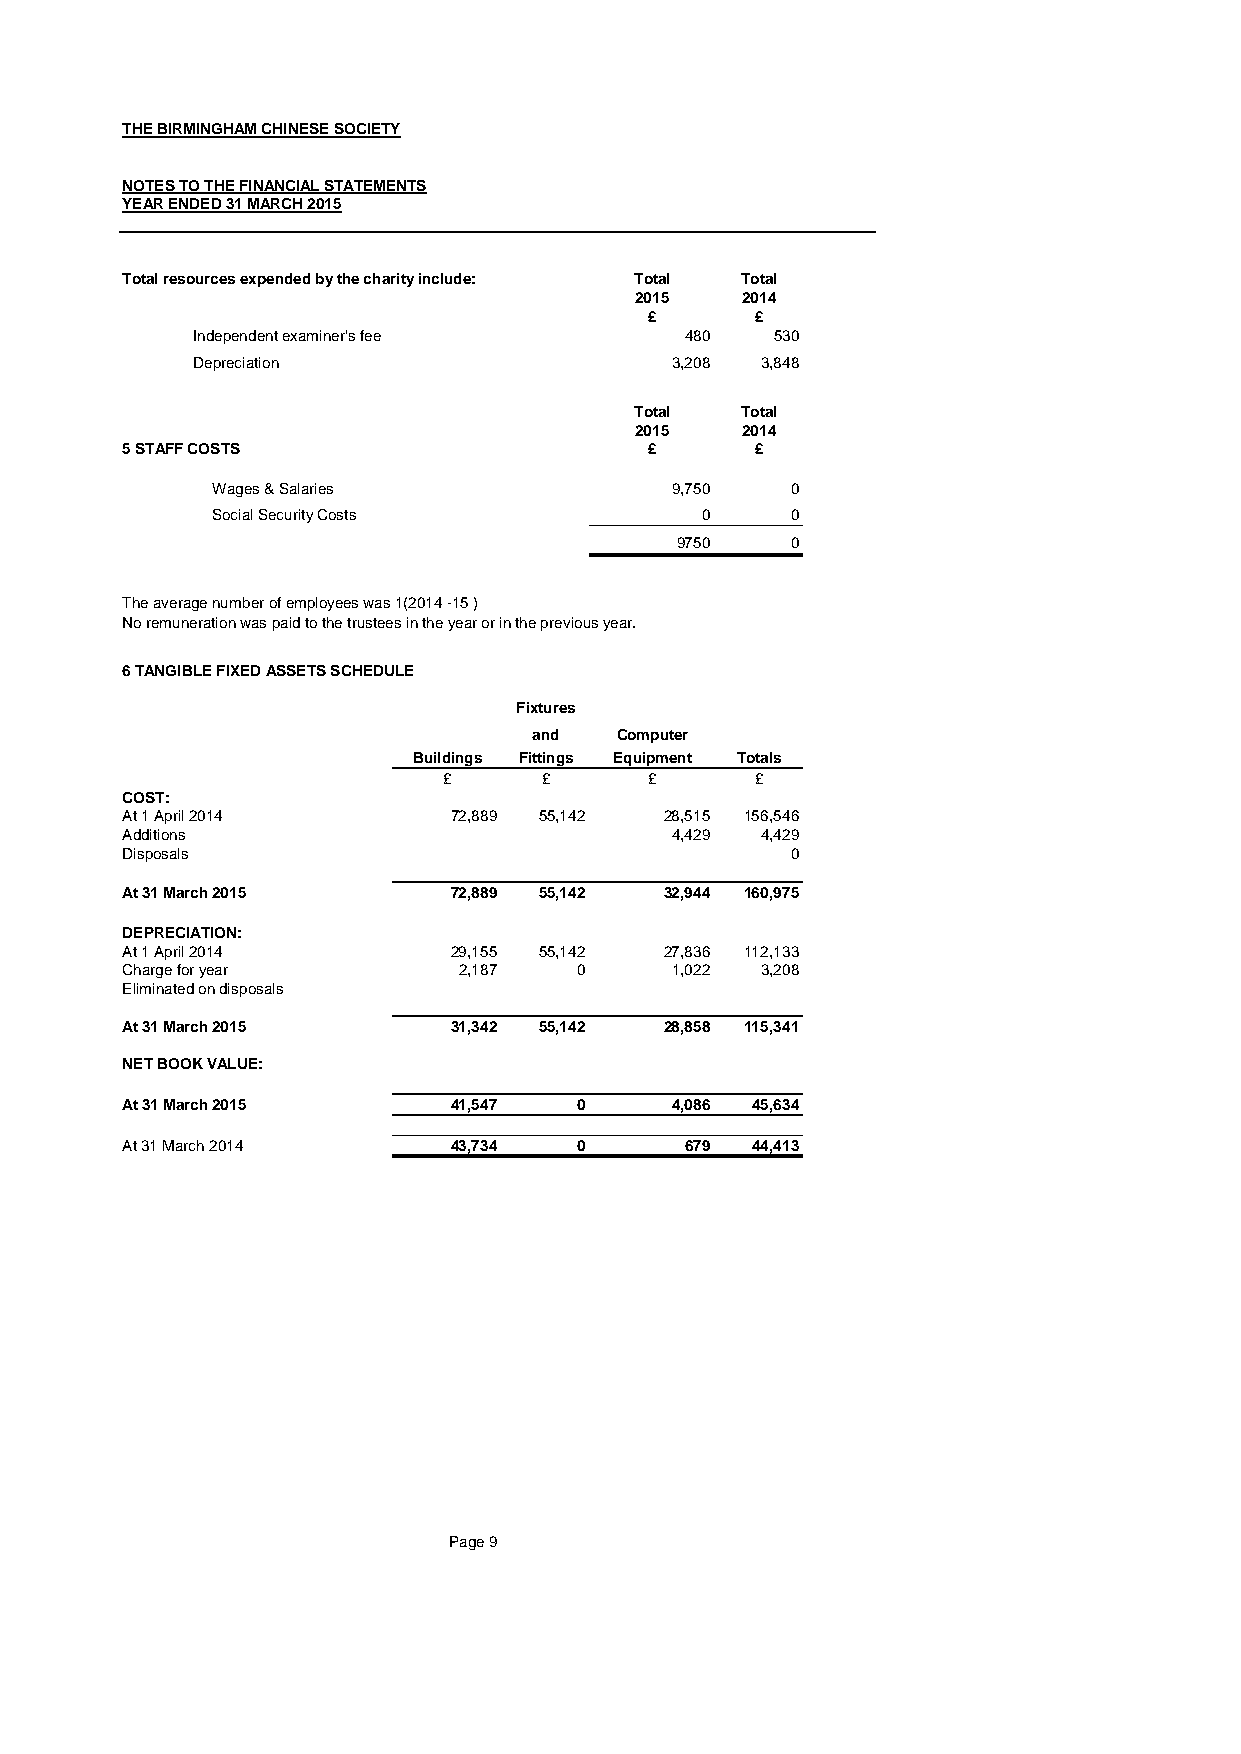
THE BIRMINGHAM CHINESE SOCIETY
 NOTES TO THE FINANCIAL STATEMENTS
 YEAR ENDED 31 MARCH 2015
 Total resources expended by the charity include: Total Total
 2015   2014
 £      £
 Independent examiner's fee      480   530
 Depreciation                   3,208 3,848
 Total  Total
 2015   2014
 5 STAFF COSTS                      £      £
 Wages & Salaries              9,750   0
 Social Security Costs           0     0
 9750   0
 The average number of employees was 1(2014 -15 )
 No remuneration was paid to the trustees in the year or in the previous year.
 6 TANGIBLE FIXED ASSETS SCHEDULE
 Fixtures
 and   Computer
 Buildings Fittings Equipment Totals
 £      £      £      £
 COST:
 At 1 April 2014       72,889 55,142 28,515 156,546
 Additions                           4,429 4,429
 Disposals                                   0
 At 31 March 2015      72,889 55,142 32,944 160,975
 DEPRECIATION:
 At 1 April 2014       29,155 55,142 27,836 112,133
 Charge for year       2,187   0     1,022 3,208
 Eliminated on disposals
 At 31 March 2015      31,342 55,142 28,858 115,341
 NET BOOK VALUE:
 At 31 March 2015      41,547  0     4,086 45,634
 At 31 March 2014      43,734  0      679  44,413
 Page 9